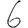
Digit: 6